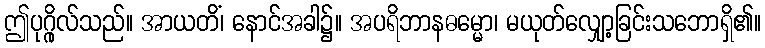
ဤပုဂ္ဂိုလ်သည်။ အာယတိံ၊ နောင်အခါ၌။ အပရိဘာနဓမ္မော၊ မယုတ်လျှော့ခြင်းသဘောရှိ၏။